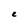
Character: e